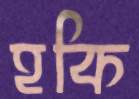
হকি